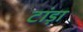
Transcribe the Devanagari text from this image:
टांड़ा